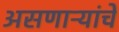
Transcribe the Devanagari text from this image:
असणाऱ्यांचे